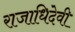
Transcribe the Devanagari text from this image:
राजाधिदेवी